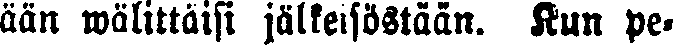
ään wälittäisi jälkeisöstään. Kun pe-